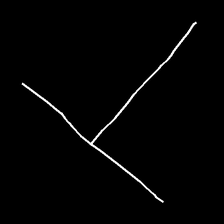
Glyph: column